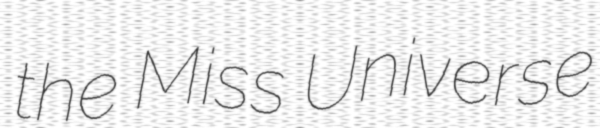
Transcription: the Miss Universe